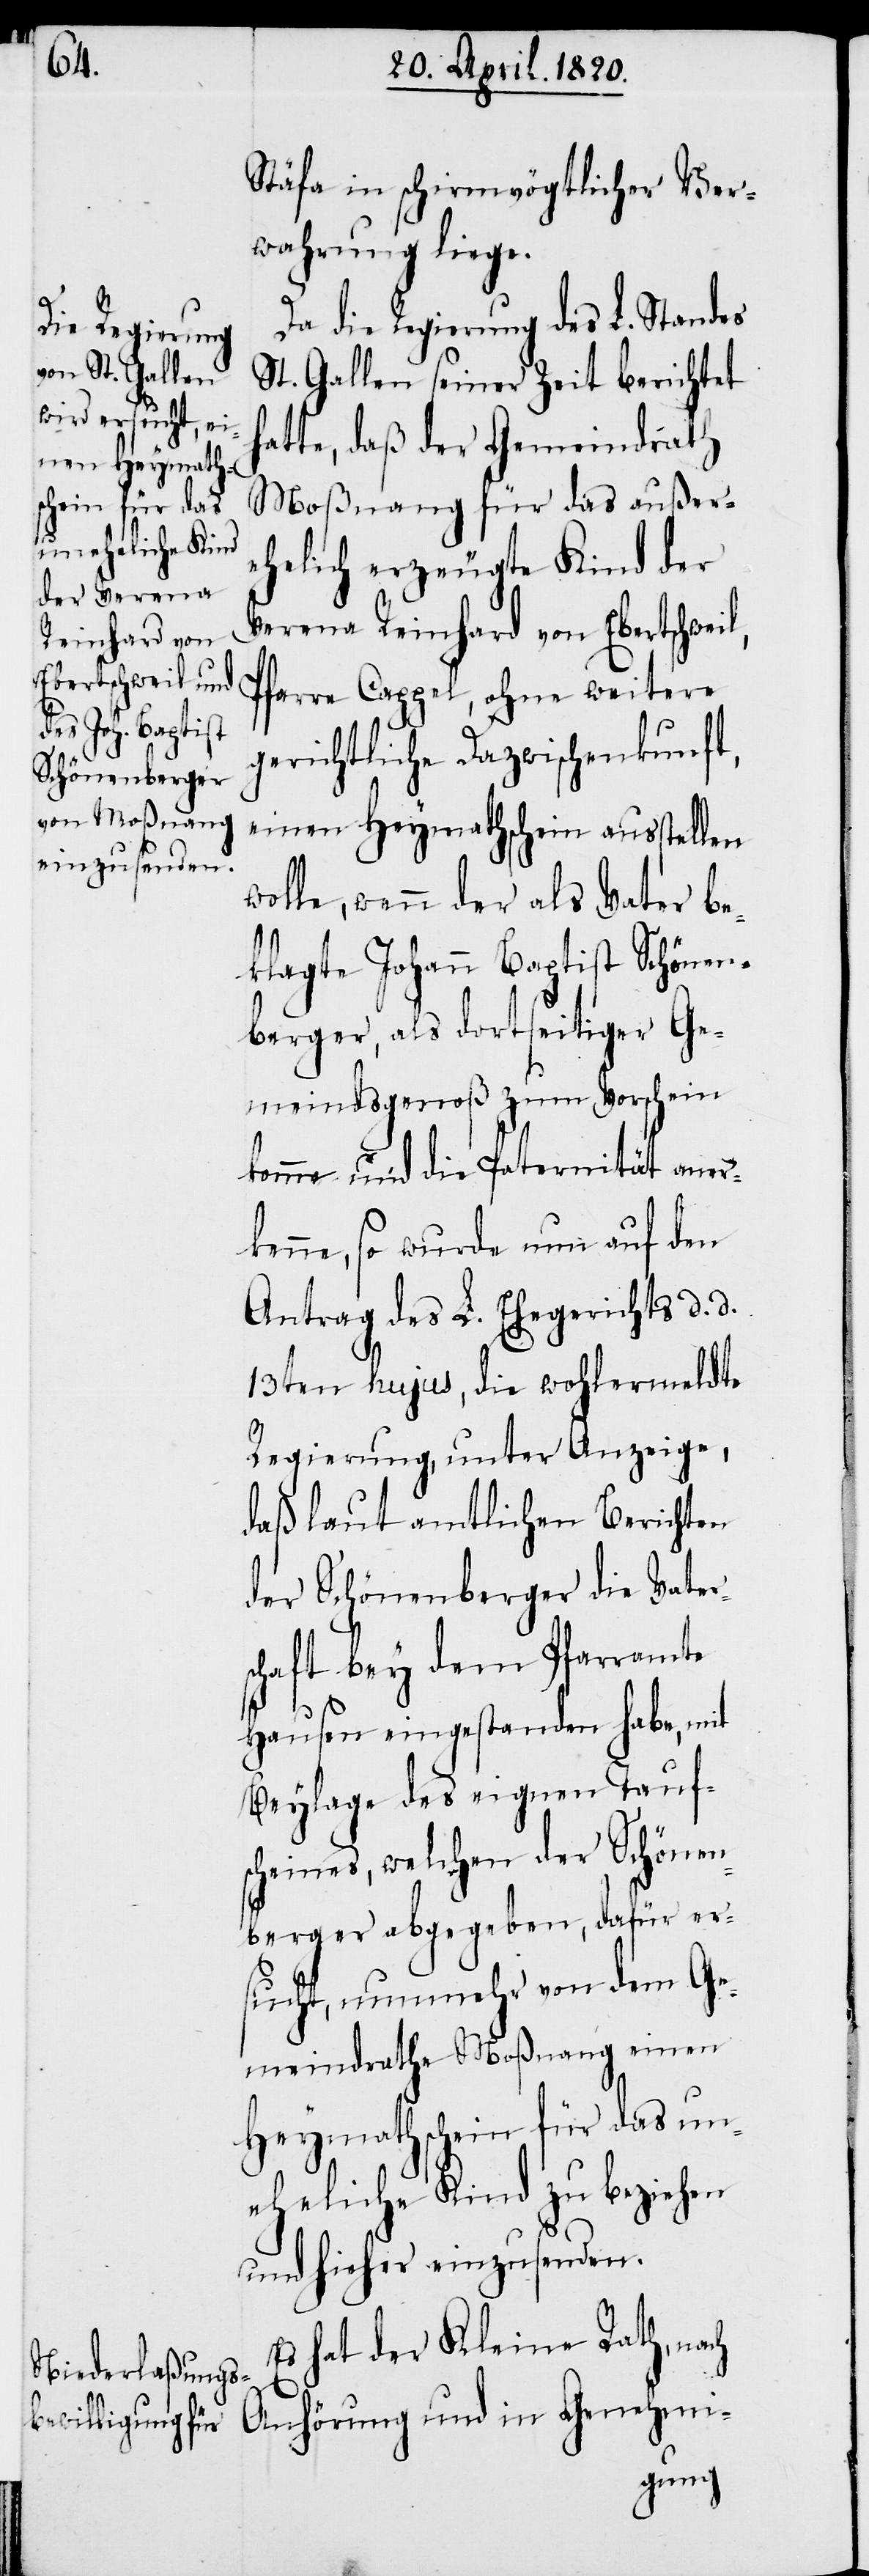
l,

Stäfa in schirmvögtlicher Ver¬
wahrung liege.
Da die Regierung des L. Standes
St. Gallen seiner Zeit berichtet
atte, daβ der Gemeindrath
Moβnang für das auβer¬
ehelich erzeugte Kind der
Verena Reinhard von Ebertschwei¬
Pfarre Cappel, ohne weitere
gerichtliche Dazwischenkunft,
einen Heymathschein ausstellen
wolle, wenn der als Vater be¬
klagte Johann Baptist Schönen¬
berger, als dortseitiger Ge¬
meindsgenoβ zum Vorschein
komme und die Paternität aner¬
kenne, so wurde nun auf den
Antrag des L. Ehegerichts d. d.
13ten hujus, die wohlermeldte
Regierung, unter Anzeige,
daβ laut amtlichen Berichten
der Schönenberger die Vater¬
schaft bey dem Pfarramte
Hausen eingestanden habe, mit
Beylage des eigenen Tauf¬
scheines, welchen der Schönen¬
berger abgegeben, dafür er¬
sucht, nunmehr von dem Ge¬
meindrathe Moβnang einen
Heymathschein für das un¬
eheliche Kind zu beziehen
und hieher einzusenden.
Es hat der Kleine Rath, nach
Anhörung und in Genehmi-